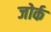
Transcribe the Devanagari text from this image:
जोर्क